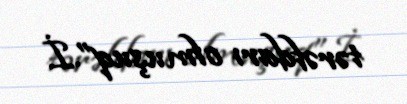
tərəfdarı olmuşuq”.İ.